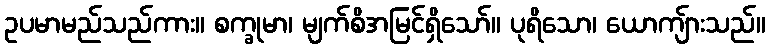
ဥပမာမည်သည်ကား။ စက္ခုမာ၊ မျက်စိအမြင်ရှိသော်။ ပုရိသော၊ ယောကျ်ားသည်။